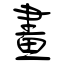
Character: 畫